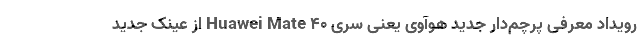
رویداد معرفی پرچم‌دار جدید هوآوی یعنی سری Huawei Mate 40 از عینک جدید